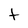
Character: t